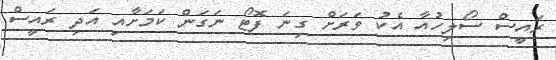
ރައީސް ސޯލިހުއާ އެކު ވަރަށް ގިނަ ފޮޓޯ ނަގަން ކަމަށާއި އަދި ރައީސް